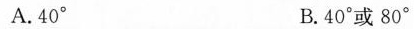
A. 40° B. 40°或 80°